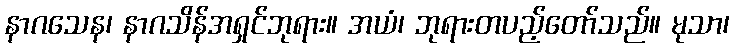
နာဂသေန၊ နာဂသိန်အရှင်ဘုရား။ အယံ၊ ဘုရားတပည့်တော်သည်။ မုသာ၊